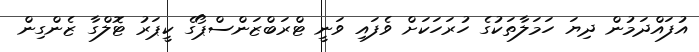
އުފައްދަމުން ދިޔަ ހަމަލާތަކުގެ ހުރަހަކަށް ވެފައި ވަނީ ޓްރަބްޒަންސްޕޯގެ ކީޕަރު ޓޮލްގާ ޒެންގިން